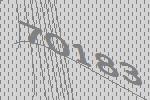
70183